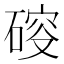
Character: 𥔉